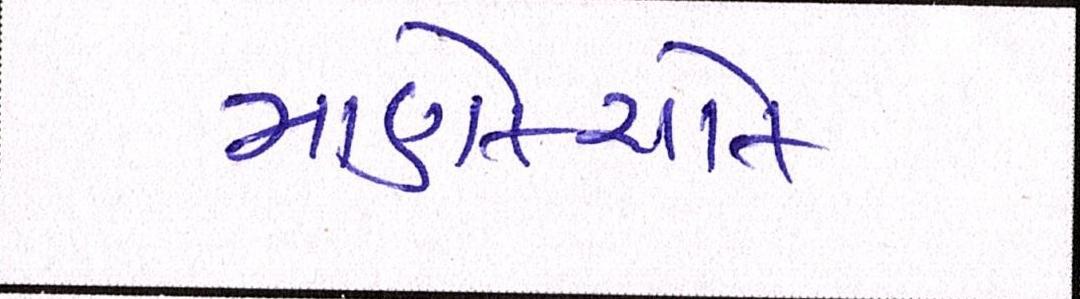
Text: માણેકચોક